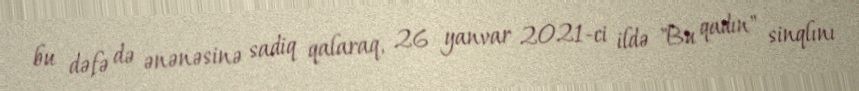
bu dəfə də ənənəsinə sadiq qalaraq, 26 yanvar 2021-ci ildə "Bu qadın" sinqlını